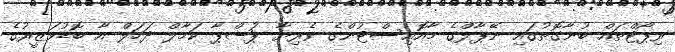
ރިޕޯޓްތައް ބުނާގޮތުގައި ނޭޕާލްގެ މާއޮއިސްޓުންގެ ވެރިޔާ ޕުޝްޕާ ކަމާލް ދަހަލް އާ ބޮޑުވަޒީރުގެ